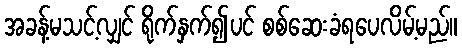
အခန့်မသင့်လျှင် ရိုက်နှက်၍ပင် စစ်ဆေးခံရပေလိမ့်မည်။